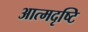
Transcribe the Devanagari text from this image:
आत्मदृष्टि